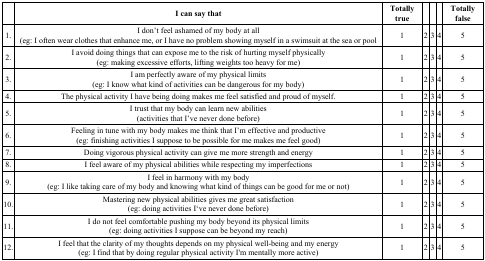
<table><thead><tr><td></td><td><b>I can say that</b></td><td><b>Totally true</b></td><td></td><td></td><td></td><td><b>Totally false</b></td></tr></thead><tbody><tr><td>1.</td><td>I don’t feel ashamed of my body at all(eg: I often wear clothes that enhance me, or I have no problem showing myself in a swimsuit at the sea or pool</td><td>1</td><td> 2</td><td> 3</td><td> 4</td><td> 5</td></tr><tr><td>2.</td><td>I avoid doing things that can expose me to the risk of hurting myself physically(eg: making excessive efforts, lifting weights too heavy for me) </td><td>1</td><td> 2 </td><td> 3 </td><td> 4 </td><td> 5 </td></tr><tr><td>3.</td><td>I am perfectly aware of my physical limits(eg: I know what kind of activities can be dangerous for my body)</td><td>1</td><td> 2 </td><td> 3 </td><td> 4 </td><td> 5 </td></tr><tr><td>4.</td><td>The physical activity I have being doing makes me feel satisfied and proud of myself.</td><td>1</td><td> 2 </td><td> 3 </td><td> 4 </td><td> 5 </td></tr><tr><td>5.</td><td>I trust that my body can learn new abilities(activities that I’ve never done before)</td><td>1</td><td> 2 </td><td> 3 </td><td> 4 </td><td> 5 </td></tr><tr><td>6.</td><td>Feeling in tune with my body makes me think that I’m effective and productive(eg: finishing activities I suppose to be possible for me makes me feel good)</td><td>1</td><td> 2 </td><td> 3 </td><td> 4 </td><td> 5 </td></tr><tr><td>7.</td><td>Doing vigorous physical activity can give me more strength and energy</td><td>1</td><td> 2 </td><td> 3 </td><td> 4 </td><td> 5 </td></tr><tr><td>8.</td><td>I feel aware of my physical abilities while respecting my imperfections</td><td>1</td><td> 2 </td><td> 3 </td><td> 4 </td><td> 5 </td></tr><tr><td>9.</td><td>I feel in harmony with my body(eg: I like taking care of my body and knowing what kind of things can be good for me or not)</td><td>1</td><td> 2 </td><td> 3 </td><td> 4 </td><td> 5 </td></tr><tr><td>10.</td><td>Mastering new physical abilities gives me great satisfaction(eg: doing activities I‘ve never done before)</td><td>1</td><td> 2 </td><td> 3 </td><td> 4 </td><td> 5 </td></tr><tr><td>11.</td><td>I do not feel comfortable pushing my body beyond its physical limits(eg: doing activities I suppose can be beyond my reach)</td><td>1</td><td> 2 </td><td> 3 </td><td> 4 </td><td> 5 </td></tr><tr><td>12.</td><td>I feel that the clarity of my thoughts depends on my physical well-being and my energy(eg: I find that by doing regular physical activity I&#x27;m mentally more active)</td><td>1</td><td> 2 </td><td> 3 </td><td> 4 </td><td> 5 </td></tr></tbody></table>